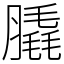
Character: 膬